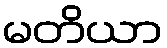
မတိယာ